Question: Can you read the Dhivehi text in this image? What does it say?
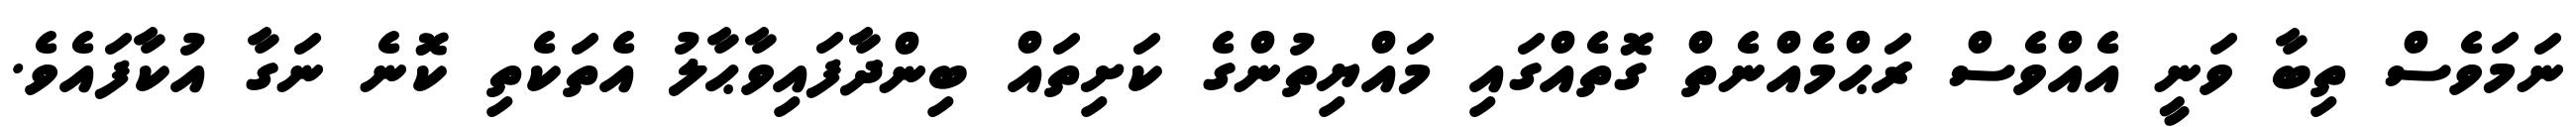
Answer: ނަމަވެސް ތިބާ ވަނީ އެއްވެސް ރަޙްމެއްނެތް ގޮތެއްގައި މައްޔިތުންގެ ކަށިތައް ބިންދާފައިވާޙާލު އެތަކެތި ކޮނެ ނަގާ އުކާފައެވެ.